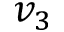
v _ { 3 }